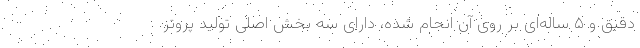
دقیق و ۵ ساله‌ای بر روی آن انجام شده، دارای سه بخش اصلی تولید پروتز